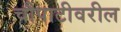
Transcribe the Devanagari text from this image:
चौपाटीवरील